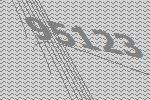
95123